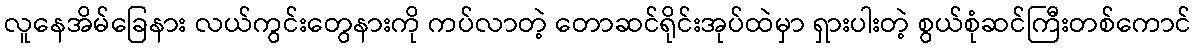
လူနေအိမ်ခြေနား လယ်ကွင်းတွေနားကို ကပ်လာတဲ့ တောဆင်ရိုင်းအုပ်ထဲမှာ ရှားပါးတဲ့ စွယ်စုံဆင်ကြီးတစ်ကောင်